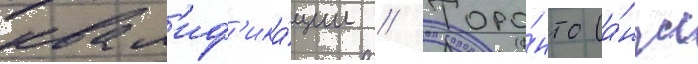
квал'иф'ика́ции // Торо́нто (а́нгл